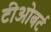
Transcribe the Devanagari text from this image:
टीओबर्ट